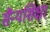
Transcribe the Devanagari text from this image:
सैन्यशिक्षा